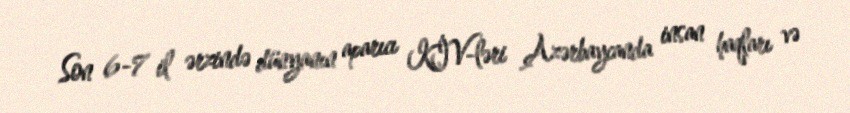
Son 6-7 il ərzində dünyanın aparıcı KİV-ləri Azərbaycanda insan haqları və